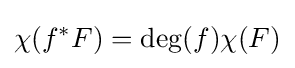
\chi (f^{*}F)=\deg(f)\chi (F)